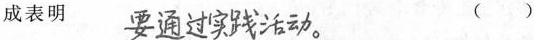
成表明 ##要通过实践活动。## ( )